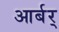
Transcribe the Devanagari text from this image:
आर्बर्